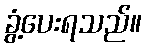
ခွံ့ပေးရသည်။